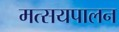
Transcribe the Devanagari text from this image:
मत्सयपालन